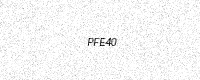
Text: PFE40